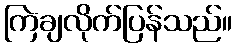
ကြဲချလိုက်ပြန်သည်။